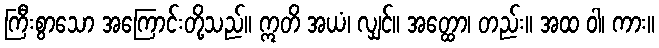
ကြီးစွာသော အကြောင်းတို့သည်။ ဣတိ အယံ၊ လျှင်။ အတ္ထော၊ တည်း။ အထ ဝါ၊ ကား။